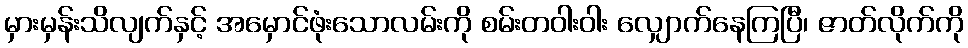
မှားမှန်းသိလျက်နှင့် အမှောင်ဖုံးသောလမ်းကို စမ်းတဝါးဝါး လျှောက်နေကြပြီ၊ ဇာတ်လိုက်ကို